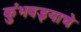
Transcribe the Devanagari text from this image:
कुंभवड्याचे